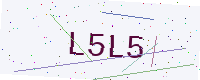
Text: L5L5